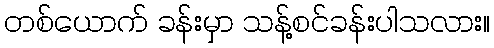
တစ်ယောက် ခန်းမှာ သန့်စင်ခန်းပါသလား။